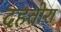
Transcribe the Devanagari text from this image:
दहतोरा